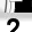
Digit: 2